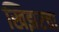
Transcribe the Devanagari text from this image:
खिझरचा